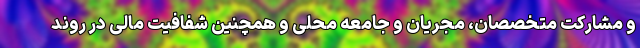
و مشارکت متخصصان، مجریان و جامعه محلی و همچنین شفافیت مالی در روند